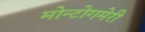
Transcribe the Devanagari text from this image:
मोन्टोगमेरी